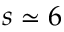
s \simeq 6